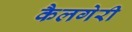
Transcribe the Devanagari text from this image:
कैलगेरी